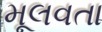
મૂલવતા